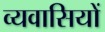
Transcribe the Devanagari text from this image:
व्यवासियों